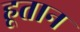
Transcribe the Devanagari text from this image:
हूतान